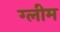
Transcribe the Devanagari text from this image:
ग्लीम